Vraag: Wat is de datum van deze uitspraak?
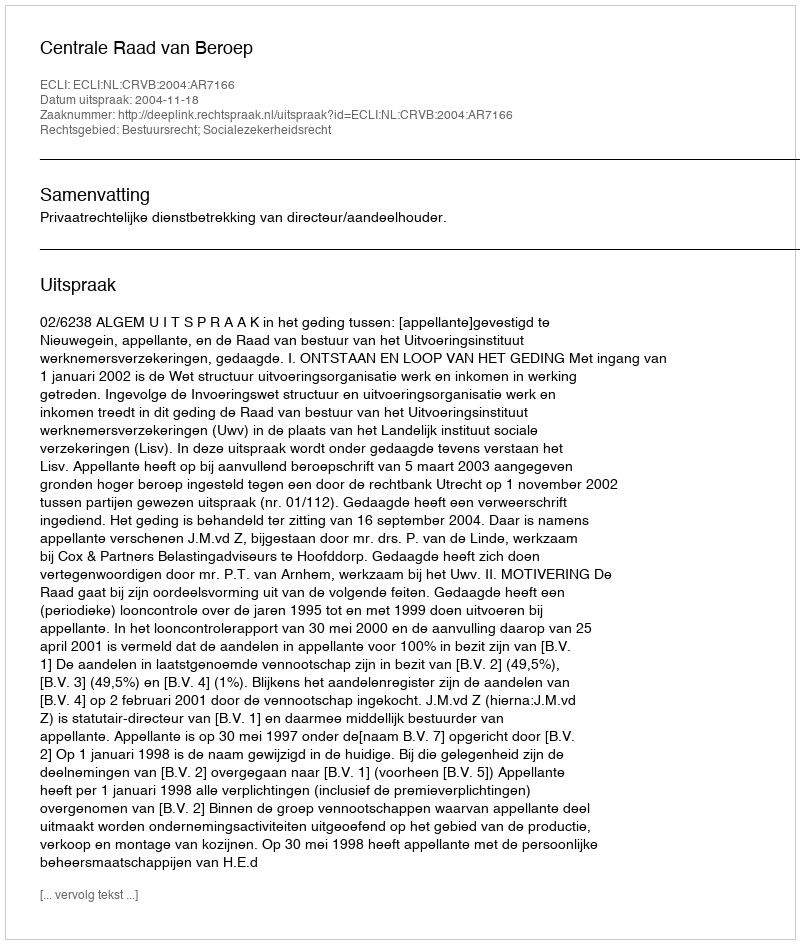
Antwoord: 2004-11-18